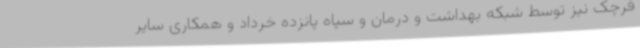
قرچک نیز توسط شبکه بهداشت و درمان و سپاه پانزده خرداد و همکاری سایر